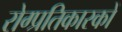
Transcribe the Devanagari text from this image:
रोग्प्रतिकारकों